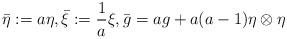
LaTeX: \begin{align*} \bar{\eta}:=a\eta, \bar{\xi}:=\frac{1}{a}\xi, \bar{g}=ag+a(a-1)\eta \otimes \eta \end{align*}